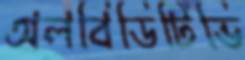
অলবিডিটিভি